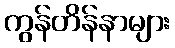
ကွန်တိန်နာများ